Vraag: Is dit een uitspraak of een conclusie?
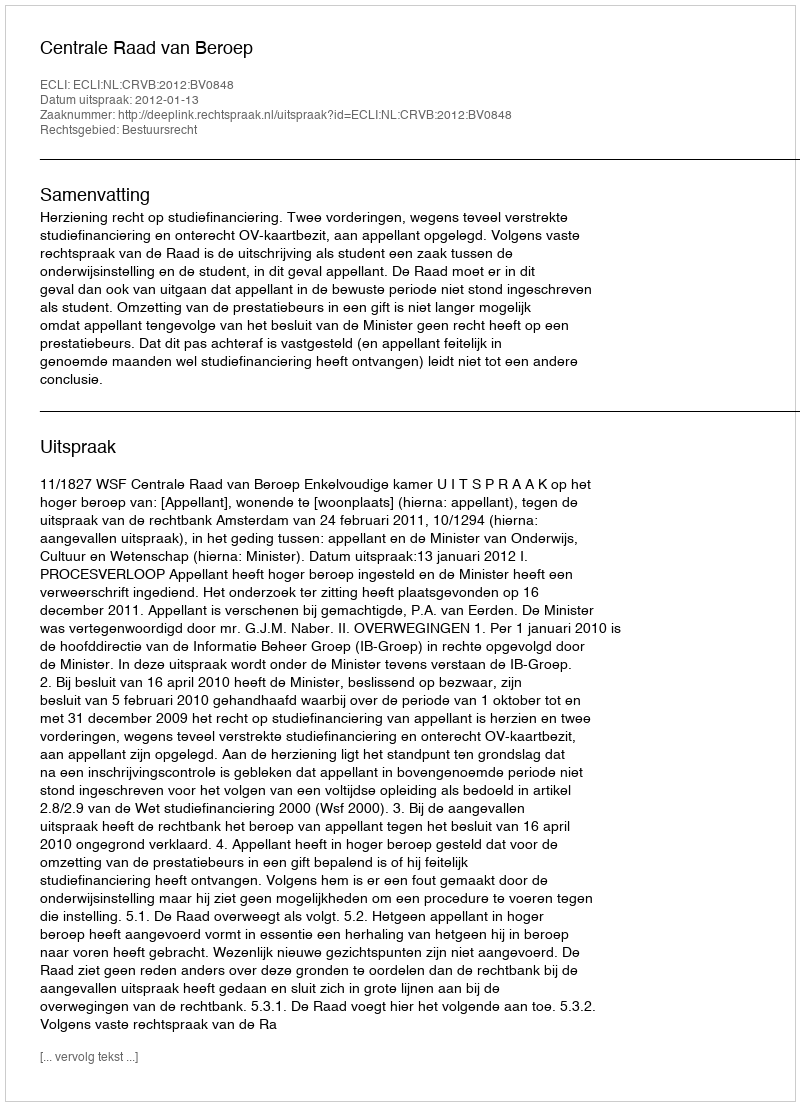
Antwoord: Uitspraak